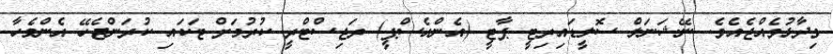
ވިދާޅުވެއްޖެއެވެ. ނޭޝަނަލް ސޮލީޑައިރިޓީ ޕާޓީ (އެންއެސްޕީ) ރަޖިސްޓްރީ ކުރުމަށް ޓަކައި ކުރަންޖެހޭ އެންމެހާ